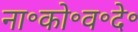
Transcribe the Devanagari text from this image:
ना॰को॰व॰दे॰